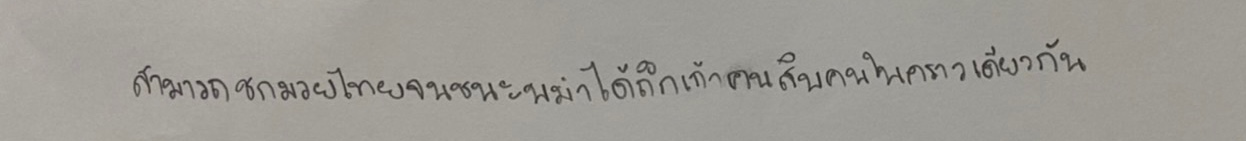
สามารถชกมวยไทยจนชนะพม่าได้ถึงเก้าคนสิบคนในคราวเดียวกัน